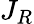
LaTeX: J_{R}